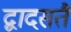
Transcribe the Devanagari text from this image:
द्वादसतैं